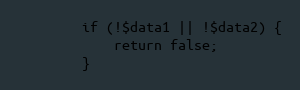
Language: PHP
        if (!$data1 || !$data2) {
            return false;
        }